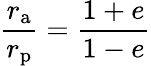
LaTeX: {\frac{r_{\mathrm{a}}}{r_{\mathrm{p}}}}={\frac{1+e}{1-e}}